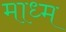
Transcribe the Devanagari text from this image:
माध्म